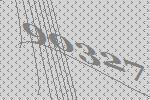
90327